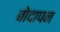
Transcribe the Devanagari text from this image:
बोदापन